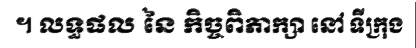
។ លទ្ធផល នៃ កិច្ចពិភាក្សា នៅ ទីក្រុង